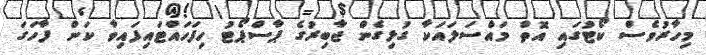
މިހާރުވެސް ކޯޓުގައި އޮތް މައްސަލައަކާ ގުޅިގެން ޖާބިރުގެ ޕާސްޕޯޓު ހިފަހައްޓައިފައިވާ ކަން ފާހަގަ